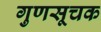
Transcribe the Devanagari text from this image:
गुणसूचक